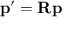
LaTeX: \mathbf { p ^ { \prime } } = \mathbf { R p }